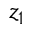
z _ { 1 }